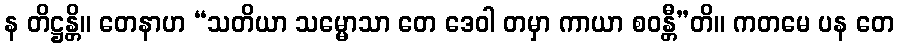
န တိဋ္ဌန္တိ။ တေနာဟ “သတိယာ သမ္မောသာ တေ ဒေဝါ တမှာ ကာယာ စဝန္တီ”တိ။ ကတမေ ပန တေ